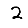
Digit: 2